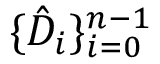
\{ \hat { D } _ { i } \} _ { i = 0 } ^ { n - 1 }